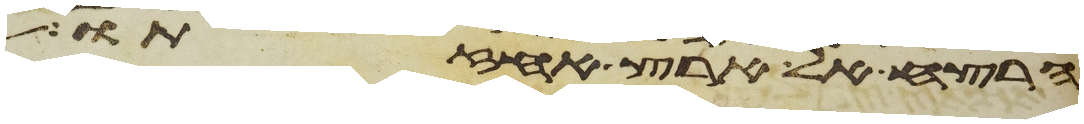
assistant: הרצח אל ארץ אחזתו